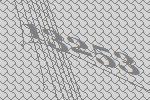
13253